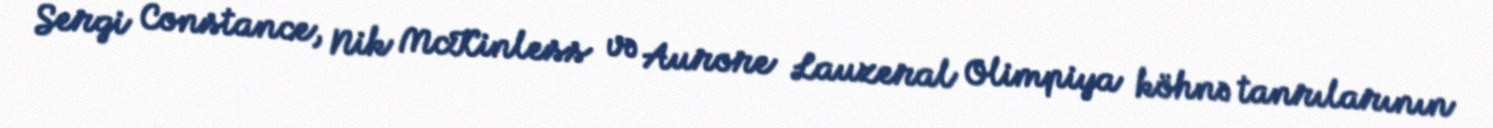
Sergi Constance, Nik McKinless və Aurore Lauzeral Olimpiya köhnə tanrılarının